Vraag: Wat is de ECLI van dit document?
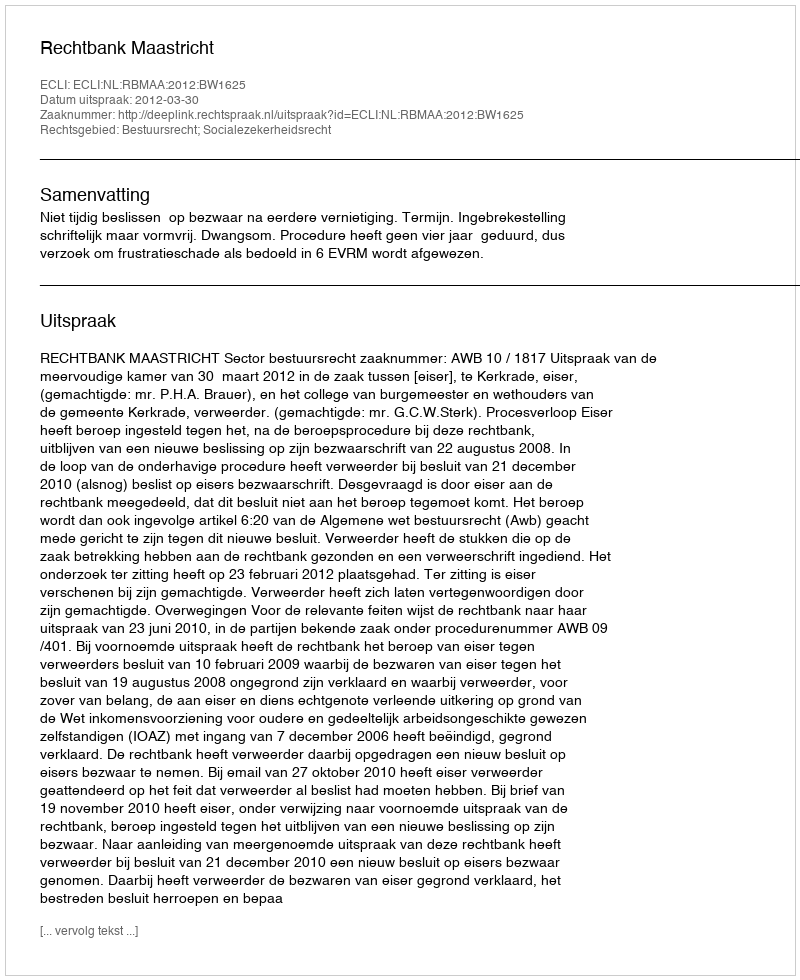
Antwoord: ECLI:NL:RBMAA:2012:BW1625